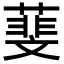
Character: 𦻔